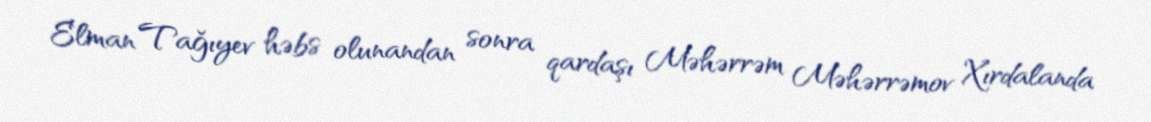
Elman Tağıyev həbs olunandan sonra qardaşı Məhərrəm Məhərrəmov Xırdalanda